Vaccination United Provinces of Agra and Oudh 1902-1913 - 1902-1913
Year: 1902
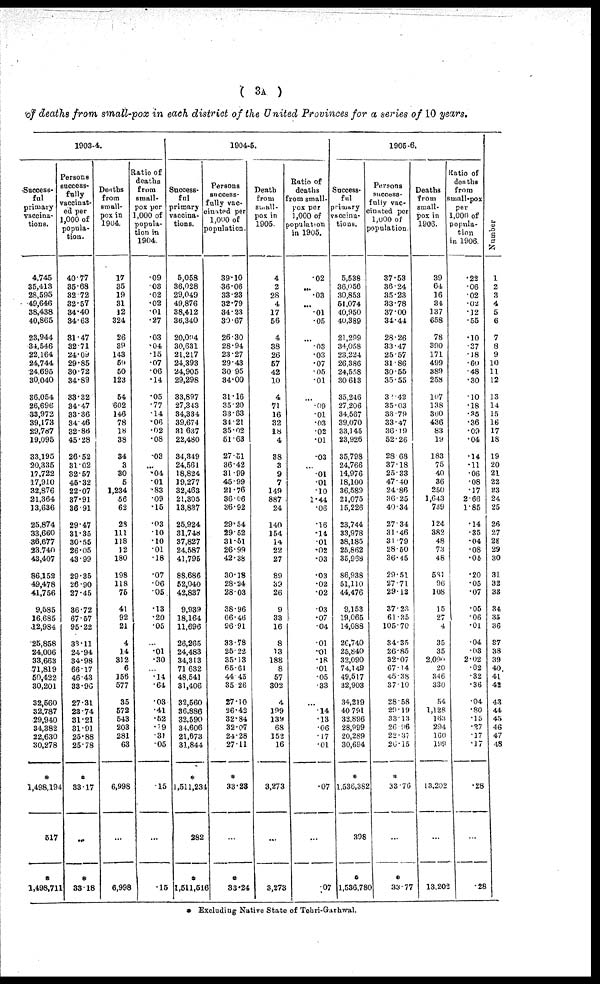
( 3A )
of deaths from small-pox in each district of the United Provinces for a series of 10 years.
1903-4.
Success-
ful
primary
vaccina-
tions.
4,745
35,413
28,595
49,646
38,438
40,865
23,944
34,546
22,164
24,744
24,695
30,040
36,054
26,696
33,972
39,173
29,787
19,095
33,195
20,335
17,722
17,910
32,876
21,364
13,636
25,874
33,660
36,677
23,740
43,407
86,152
49,478
41,756
9,585
16,685
12,984
25,858
24,006
33,663
71,819
50,422
30,201
32,660
32,787
29,940
34,382
22,630
30,278
*
1,498,194
517
*
1,498,711
Persons
success-
fully
vaccinat-
ed per
1,000 of
popula-
tion.
40.77
35.68
32.72
32.57
34.40
84.63
31.47
32.71
24.09
29.85
30.72
34.89
33.32
34.47
33.36
34.46
32.86
45.28
26.52
31.02
32.57
45.32
22.07
37.91
36.91
29.47
31.35
30.55
26.05
43.99
29.35
26.90
27.45
36.72
67.57
95.22
33.11
24.94
34.98
66.17
46.43
33.96
27.31
23.74
31.21
31.91
25.88
25.78
*
33.17
...
*
33.18
Deaths
from
small-
pox in
1904.
17
35
19
31
12
324
26
39
143
59
50
123
54
602
146
78
18
38
34
3
30
5
1,234
56
62
28
111
118
12
180
198
118
75
41
92
21
4
14
312
6
156
577
35
572
543
203
281
63
6,998
...
6,998
Ratio of
deaths
from
small-
pox per
1,000 of
popula-
tion in
1904.
.09
.03
.02
.02
.01
.27
.03
.04
.15
.07
.06
.14
.05
.77
.14
.06
.02
.08
.03
...
.04
.01
.83
.09
.15
.03
.10
.10
.01
.18
.07
.06
.05
.13
.20
.05
...
.01
.30
...
.14
.64
.03
.41
.52
.19
.31
.05
.15
...
.15
1904-5.
Success-
ful
primary
vaccina-
tions.
5,058
36,028
29,049
49,876
38,412
36,340
20,004
30,631
21,217
24,393
24,905
29,298
33,897
27,343
34,334
39,674
31,637
22,480
34,349
24,561
18,824
19,277
32,463
21,305
13,837
25,924
31,748
37,827
24,587
41,795
88,686
52,040
42,837
9,939
18,164
11,696
26,265
24,483
34,313
71 632
48,541
31,406
32,560
36,886
32,590
34,606
21,673
31,841
*
1,511,234
282
*
1,511,516
Persons
success-
fully vac-
cinated per
1,000 of
population.
39.10
36.06
33.23
32.79
34.23
30.67
26.30
28.94
23.27
29.43
30.95
34.00
31.16
35.20
33.63
34.21
35.02
51.63
27.51
36.42
31.99
45.99
21.76
36.06
36.92
29.54
29.52
31.51
26.99
42.38
30.18
28.24
28.03
38.96
66.46
96.91
33.78
25.22
35.13
65.61
44.45
35.26
27.10
26.42
32.84
32.07
24.28
27.11
*
33.23
...
*
33.24
Death
from
small-
pox in
1905.
4
2
28
4
17
56
4
38
26
57
42
10
4
71
16
32
18
4
38
3
9
7
149
887
24
140
154
14
22
27
89
39
26
9
33
16
8
13
188
8
57
302
4
199
139
68
152
16
3,273
...
3,273
Ratio of
deaths
from small-
pox per
1,000 of
population
in 1905.
.02
...
.03
...
.01
.05
...
.03
.03
.07
.05
.01
...
.09
.01
.03
.02
.01
.03
...
.01
.01
.10
1.44
.06
.16
.14
.01
.02
.03
.03
.02
.02
.03
.07
.04
.01
.01
.18
.01
.05
.33
...
.14
.13
.06
.17
.01
.07
...
.07
1905-6.
Success-
ful
primary
vaccina-
tions.
5,538
36,056
30,853
51,074
40,950
40,389
21,299
34,058
23,224
26,386
24,558
30,613
35,246
27,206
34,567
39,070
33,145
23,926
35,798
24,766
14,976
18,100
36,589
21,075
15,226
23,744
33,978
38,185
25,862
35,968
86,938
51,110
44,476
9,153
19,065
14,088
26,740
25,840
32,090
74,149
49,517
32,903
34,219
40,791
32,896
28,999
20,289
30,694
*
1,536,382
398
*
1,536,780
Persons
success-
fully vac-
cinated per
1,000 of
population.
37.53
36.24
35.23
33.78
37.00
34.44
28.26
33.47
25.57
31.86
30.55
35.55
33.42
35.03
33.79
33.47
36.19
52.26
28.68
37.18
25.33
47.40
24.86
36.25
40.34
27.34
31.46
31.79
28.50
36.45
29.51
27.71
29.12
37.23
61.35
105.70
34.35
26.85
32.07
67.14
45.38
37.10
28.58
20.19
33.13
26.96
22.37
26.15
*
33.76
...
*
33.77
Deaths
from
small-
pox in
1906.
39
64
16
34
137
658
78
390
171
499
389
258
107
138
360
436
83
19
183
75
40
36
250
1,643
739
124
382
48
73
48
581
96
108
15
27
4
35
35
2,090
20
346
330
54
1,128
163
294
160
199
13,202
...
13.202
Ratio of
deaths
from
small-pox
per
1,000 of
popula-
tion
in 1906.
.22
.06
.02
.02
.12
.55
.10
.37
.18
.60
.48
.30
.10
.18
.35
.36
.09
.04
.14
.11
.06
.08
.17
2.66
1.85
.14
.35
.04
.08
.05
.20
.05
.07
.05
.06
.01
.04
.03
2.02
.02
.32
.36
.04
.80
.15
.27
.17
.17
.28
...
.28
Number
1
2
3
4
5
6
7
8
9
10
11
12
13
14
15
16
17
18
19
20
21
22
23
24
25
26
27
28
29
30
31
32
38
34
35
36
37
38
39
40
41
42
43
44
45
46
47
48
* Excluding Native State of Tehri-Garhwal.